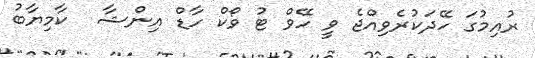
ރުއިމުގަ ހޭދަކުރެވިއްޖެ ވީ ހޭވް ޓު ވޯކް ހާޑް އިންޝާ  ކާމިޔާބު